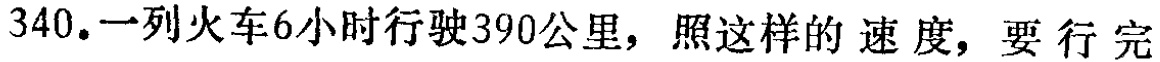
340. 一列火车6小时行驶390公里，照这样的 速 度，要 行 完